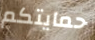
حمايتكم